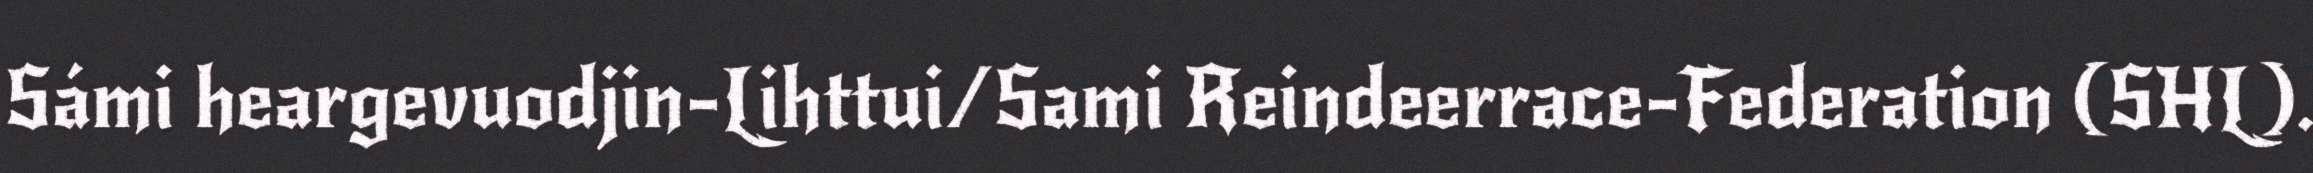
Sámi heargevuodjin-Lihttui/Sami Reindeerrace-Federation (SHL).